Emmaste_vallavalitsus, lk 22
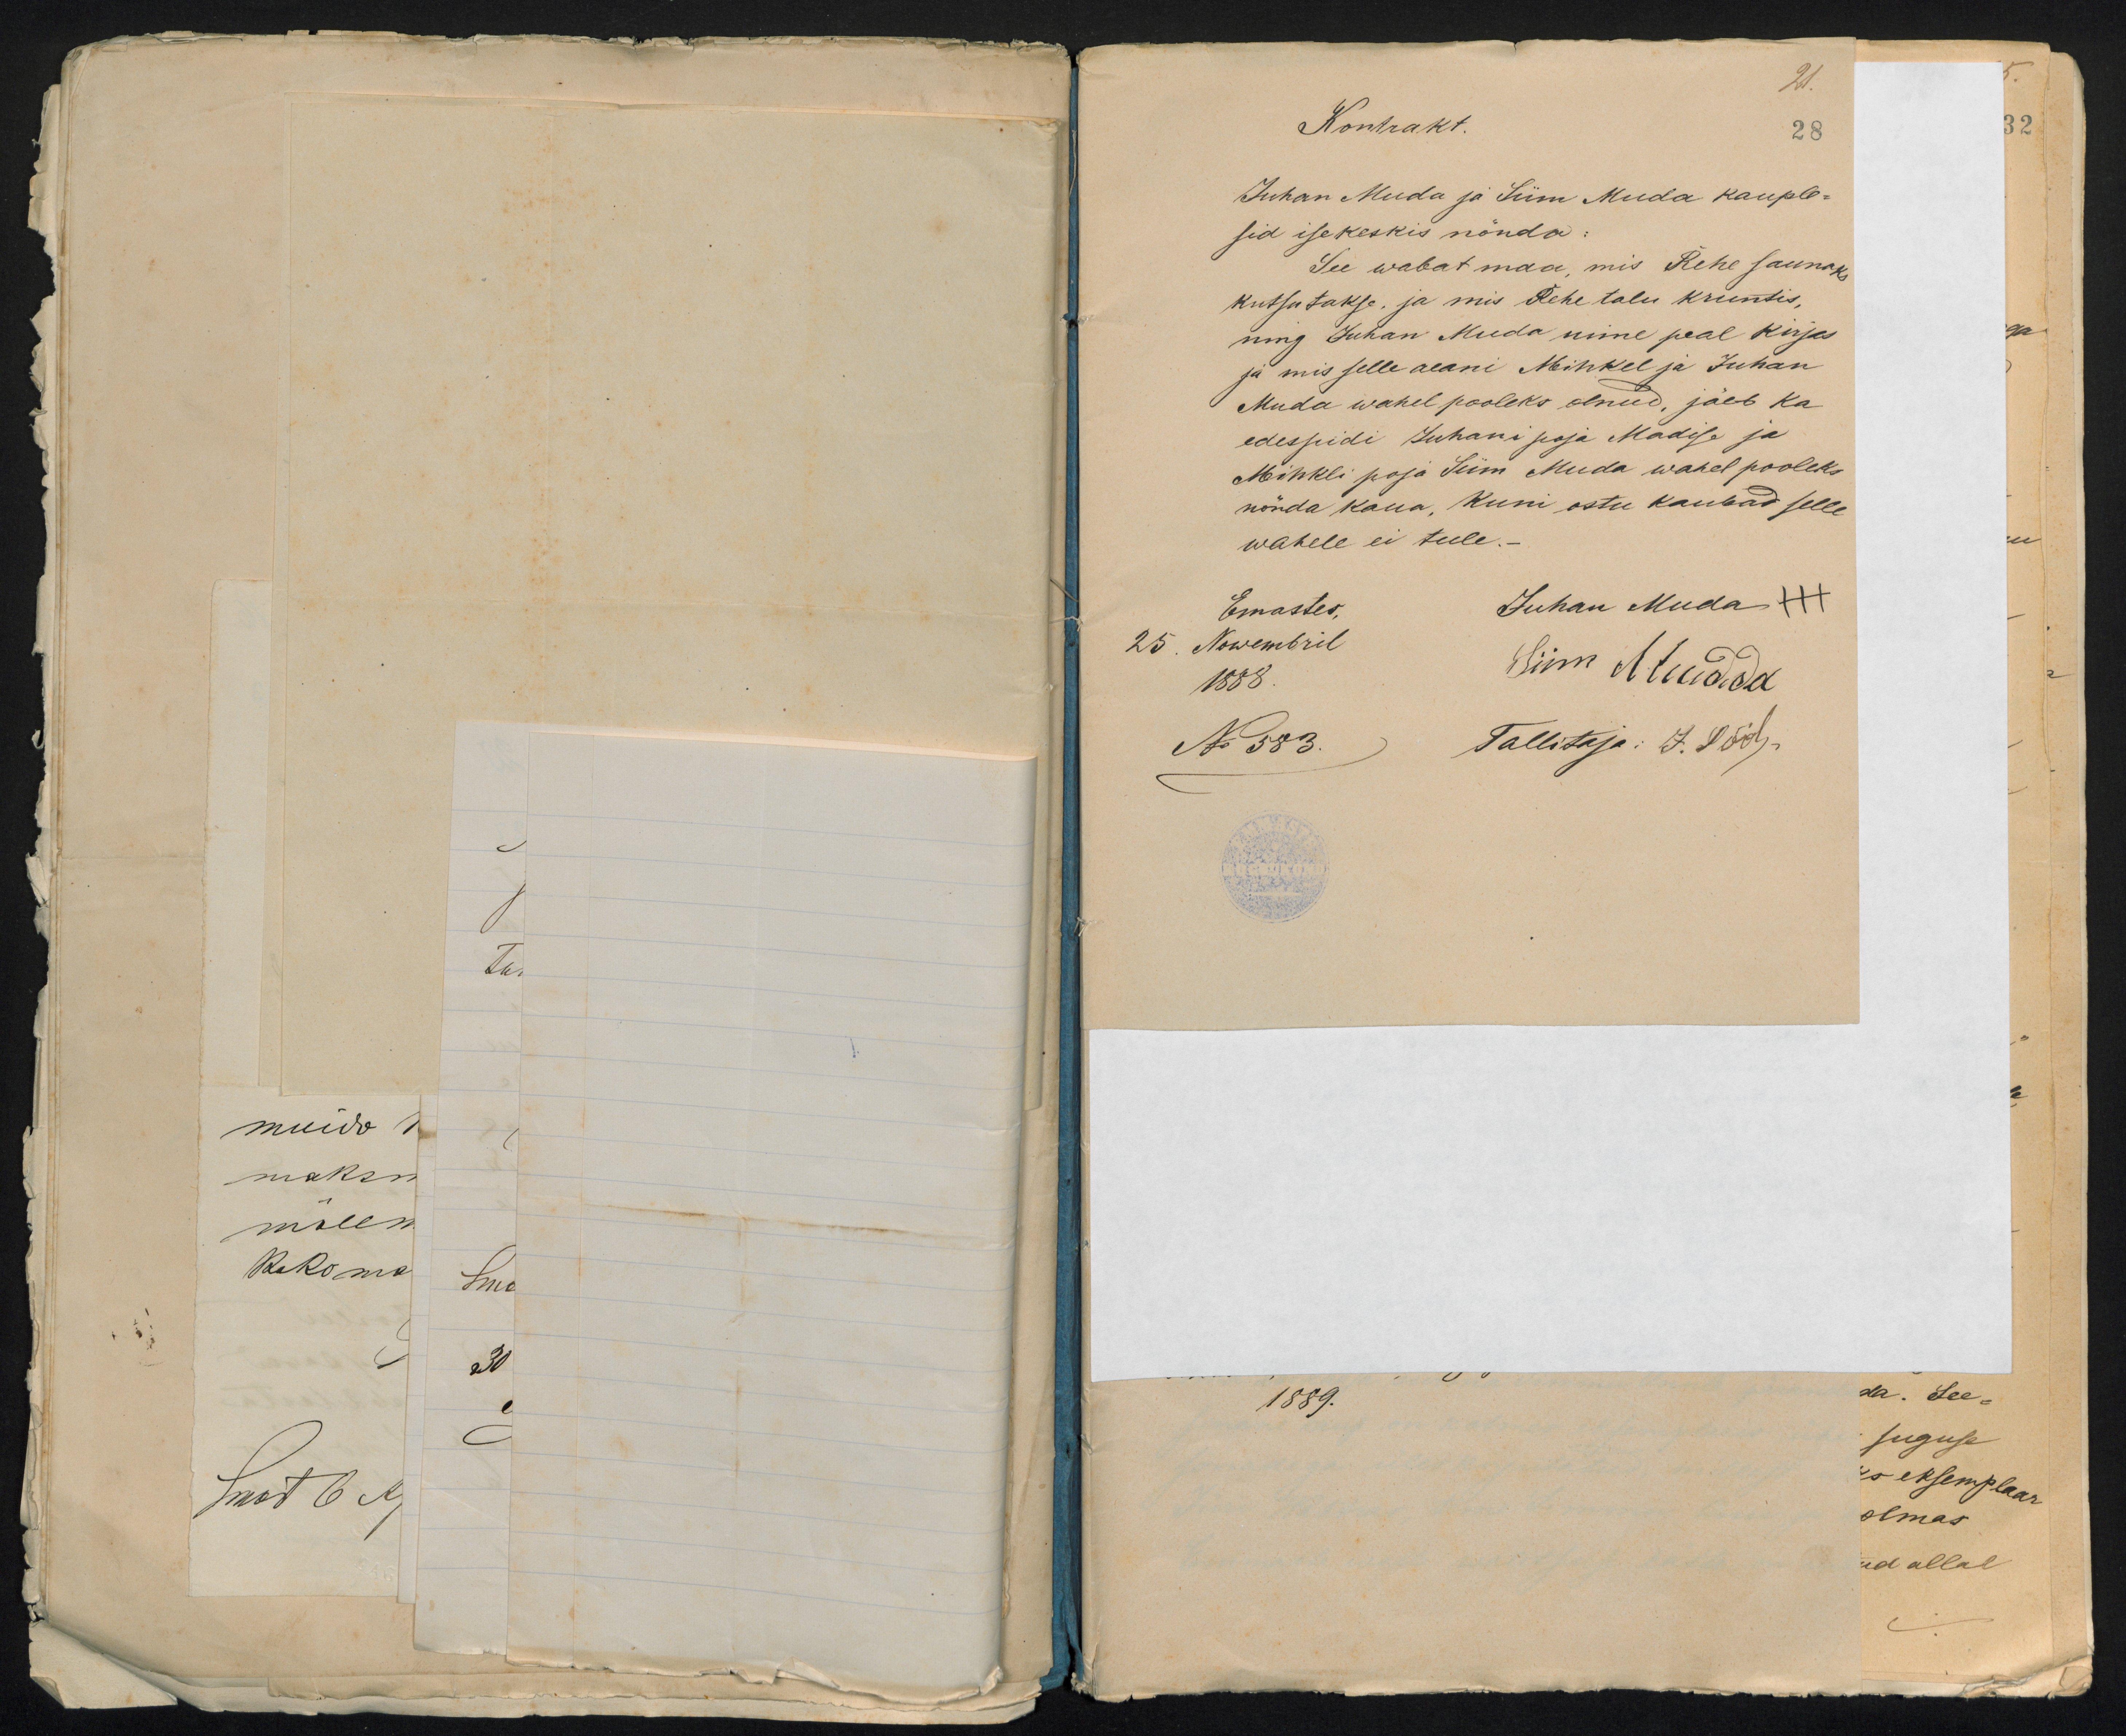
21.
Kontrakt.
28
Juhan Muda ja Siim Muda kauple-
sid isekeskis nõnda:
See wabat maa, mis Rehe saunaks
kutsutakse, ja mis Rehe talu kruntis,
ning Juhan Muda nime peal kirjas
ja mis selle aeani Mihkel ja Juhan
Muda wahel pooleks olnud, jäeb ka
edespidi Juhani poja Madise ja
Mihkli poja Siim Muda wahel pooleks
nõnda kaua, kuni ostu kaubad selle
wahele ei tule.-
Emastes,
Juhan Muda +++
25
Nowembril
1888.
Siim Mudda
No 583.
Tallitaja: J. Löö